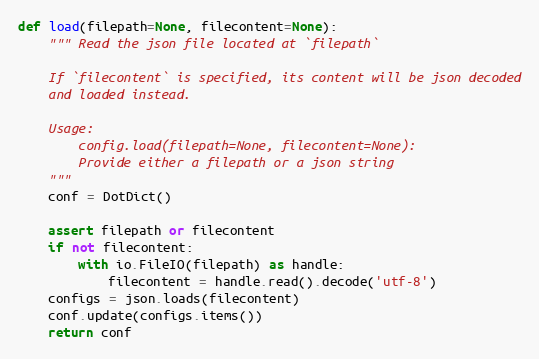
Language: Python
def load(filepath=None, filecontent=None):
    """ Read the json file located at `filepath`

    If `filecontent` is specified, its content will be json decoded
    and loaded instead.

    Usage:
        config.load(filepath=None, filecontent=None):
        Provide either a filepath or a json string
    """
    conf = DotDict()

    assert filepath or filecontent
    if not filecontent:
        with io.FileIO(filepath) as handle:
            filecontent = handle.read().decode('utf-8')
    configs = json.loads(filecontent)
    conf.update(configs.items())
    return conf